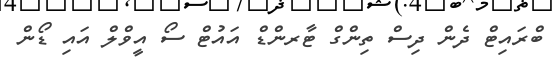
ބްރައިޓް ދެން ދިސް ތިންގް ޓާރންޑް އައުޓް ސޯ އީވްލް އައި ޑޯން